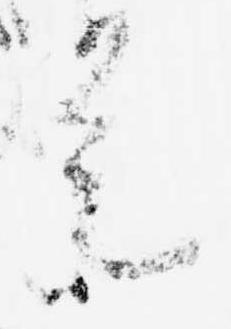
是